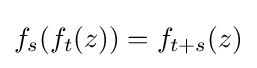
f_{s}(f_{t}(z))=f_{t+s}(z)